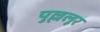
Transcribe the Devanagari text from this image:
पुल्ललूर